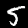
Digit: 5